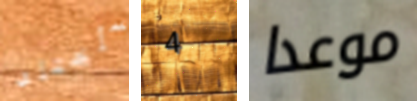
سأختار 4 موعدا